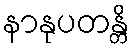
နာနုပတန္တိ